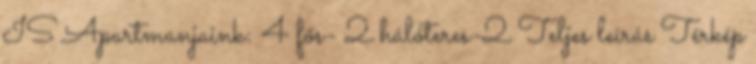
IS Apartmanjaink: 4 fős- 2 hálóteres-2 Teljes leírás Térkép